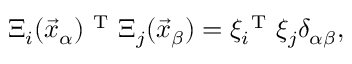
\Xi _ { i } ( \vec { x } _ { \alpha } ) ^ { \mathrm { ~ T ~ } } \Xi _ { j } ( \vec { x } _ { \beta } ) = \xi _ { i } ^ { \mathrm { ~ T ~ } } \xi _ { j } \delta _ { \alpha \beta } ,